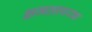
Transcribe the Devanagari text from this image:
क्षमतापरक